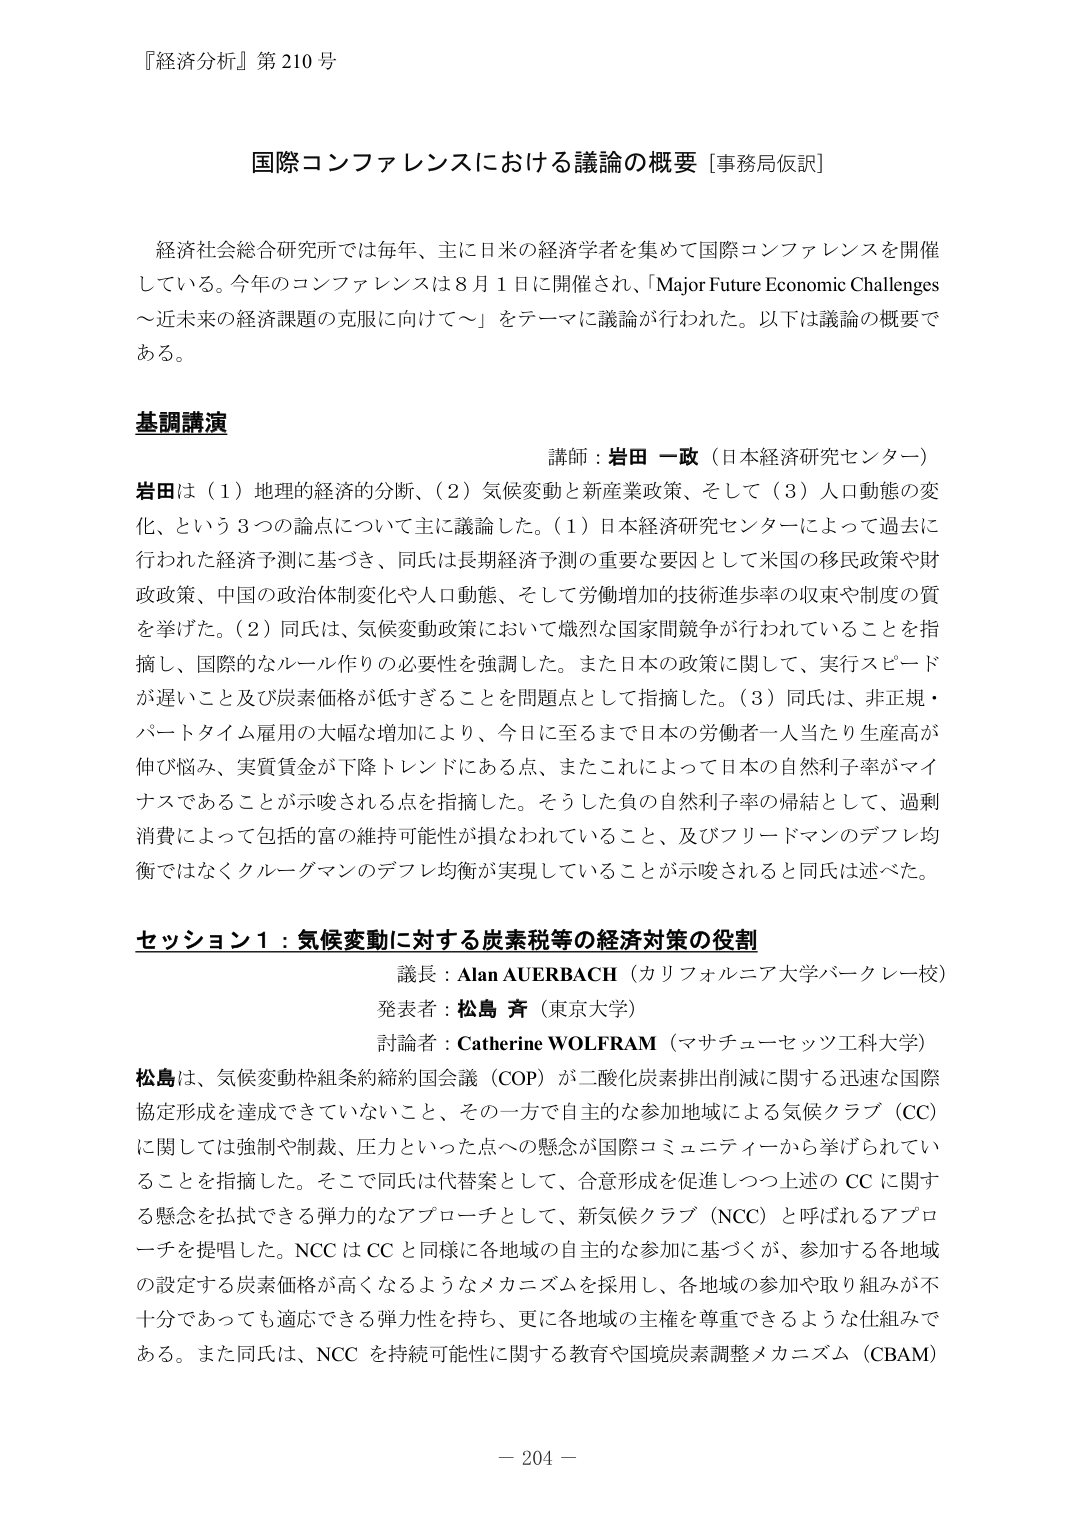
『経済分析』第210号

国際コンファレンスにおける議論の概要［事務局仮訳］

経済社会総合研究所では毎年、主に日米の経済学者を集めて国際コンファレンスを開催している。今年のコンファレンスは8月1日に開催され、「Major Future Economic Challenges ～近未来の経済課題の克服に向けて～」をテーマに議論が行われた。以下は議論の概要である。

基調講演
講師：岩田 一政（日本経済研究センター）
岩田は（1）地理的経済的分断、（2）気候変動と新産業政策、そして（3）人口動態の変化、という3つの論点について主に議論した。（1）日本経済研究センターによって過去に行われた経済予測に基づき、同氏は長期経済予測の重要な要因として米国の移民政策や財政政策、中国の政治体制変化や人口動態、そして労働増加の技術進歩率の収束や制度の質を挙げた。（2）同氏は、気候変動政策において熾烈な国家間競争が行われていることを指摘し、国際的なルール作りの必要性を強調した。また日本の政策に関して、実行スピードが遅いこと及び炭素価格が低すぎるることを問題点として指摘した。（3）同氏は、非正規・パートタイム雇用の大幅な増加により、今日に至るまで日本の労働者一人当たり生産高が伸び悩み、実質賃金が下降トレンドにある点、またこれによって日本の自然利子率がマイナスであることが示唆される点を指摘した。そうした負の自然利子率の帰結として、過剰消費によって包括的富の維持可能性が損なわれていること、及びフリードマンのデフレ均衡ではなくクルーグマンのデフレ均衡が実現していることが示唆されると同氏は述べた。

セッション1：気候変動に対する炭素税等の経済対策の役割
議長：Alan AUERBACH（カリフォルニア大学バークレー校）
発表者：松島 斉（東京大学）
討論者：Catherine WOLFRAM（マサチューセッツ工科大学）
松島は、気候変動枠組条約締約国会議（COP）が二酸化炭素排出削減に関する迅速な国際協定形成を達成できていないこと、その一方で自主的な参加地域による気候クラブ（CC）に関しては強制や制裁、圧力といった点への懸念が国際コミュニティから挙げられていることを指摘した。そこで同氏は代替案として、合意形成を促進しつつ上述のCCに関する懸念を払拭できる弾力的なアプローチとして、新気候クラブ（NCC）と呼ばれるアプローチを提唱した。NCCはCCと同様に各地域の自主的な参加に基づくが、参加する各地域の設定する炭素価格が高くなるようなメカニズムを採用し、各地域の参加や取り組みが不十分であっても適応できる弾力性を持ち、更に各地域の主権を尊重できるような仕組みである。また同氏は、NCCを持続可能性に関する教育や国境炭素調整メカニズム（CBAM）

－ 204 －